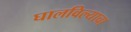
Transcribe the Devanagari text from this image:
घालविल्याचा